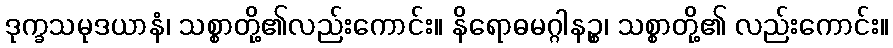
ဒုက္ခသမုဒယာနံ၊ သစ္စာတို့၏လည်းကောင်း။ နိရောဓမဂ္ဂါနဉ္စ၊ သစ္စာတို့၏ လည်းကောင်း။